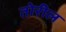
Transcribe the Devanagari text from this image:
तोरील